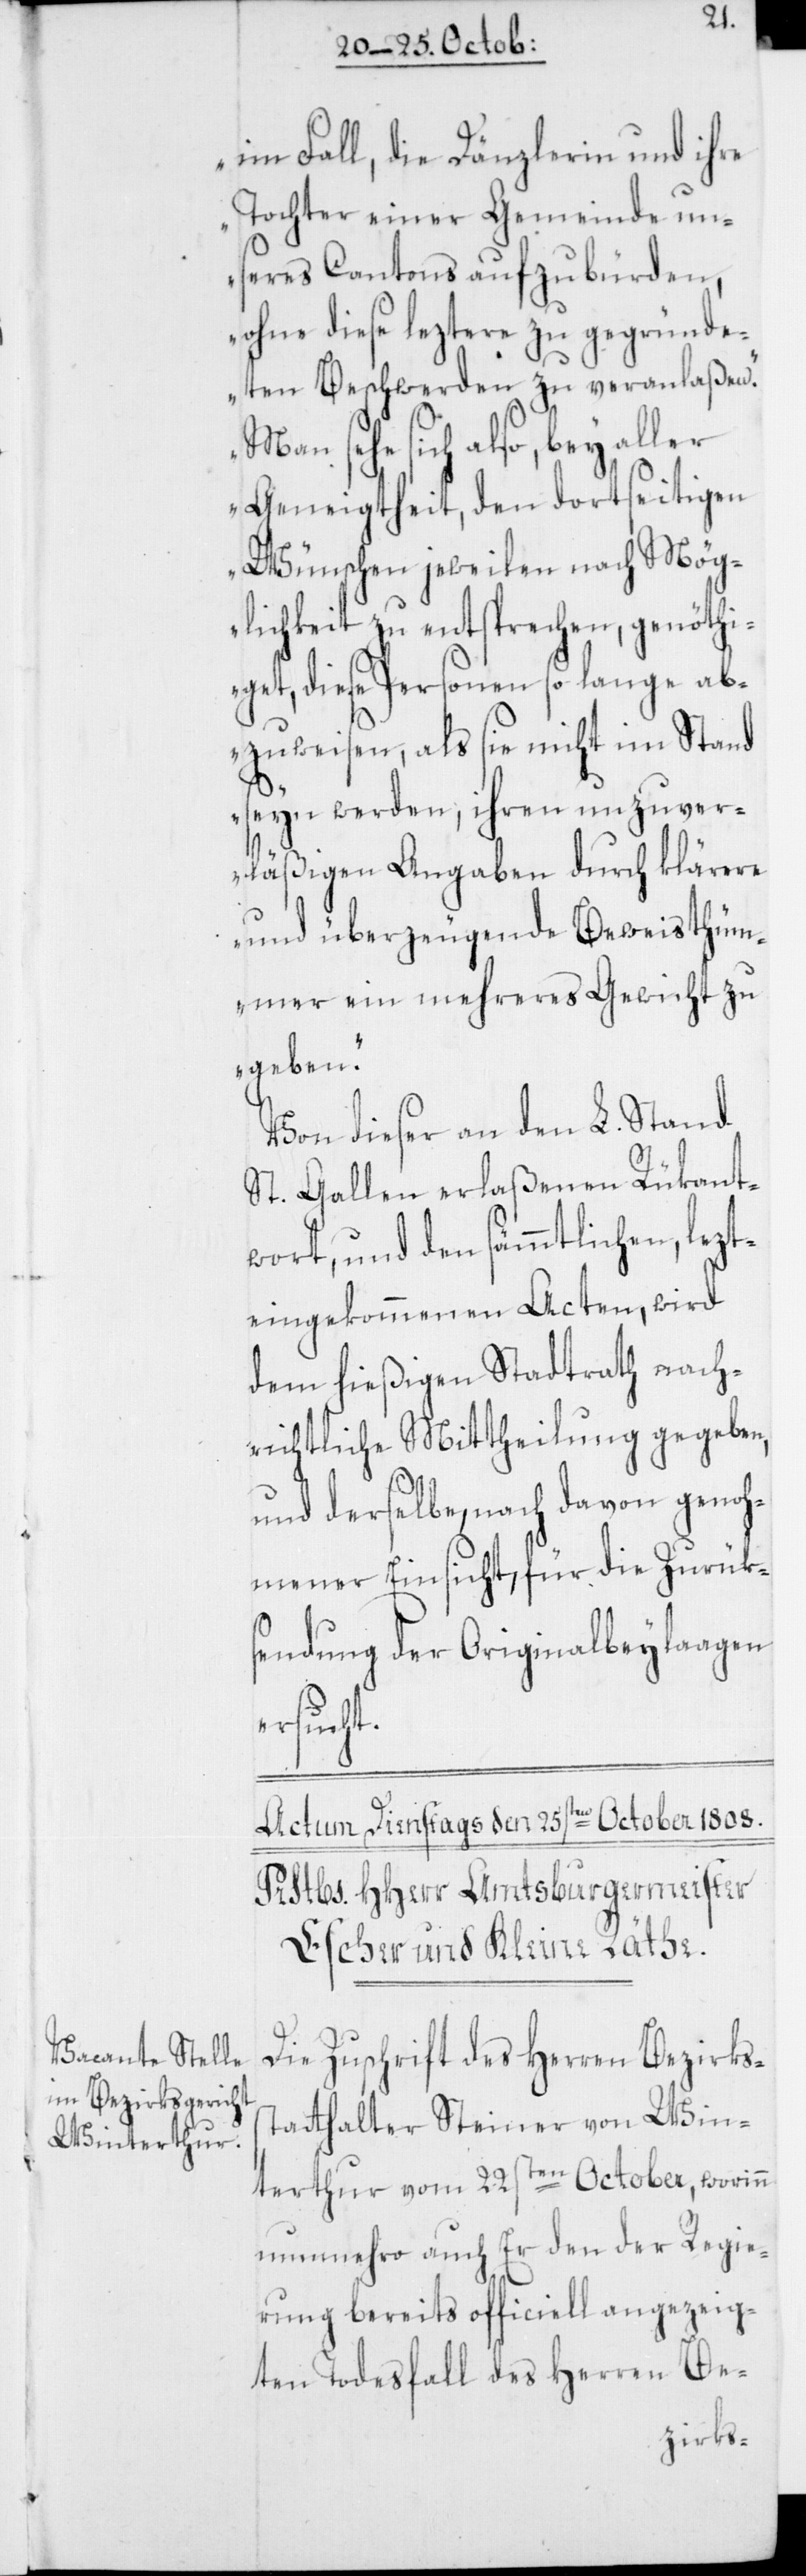
im Fall, die Dänzlerin und ihre
Tochter einer Gemeinde un¬
seres Cantons aufzubürden,
ohne diese leztere zu gegründe¬
ten Beschwerden zu veranlaßen.
Man sehe sich also, bey aller
Geneigtheit, den dortseitigen
Wünschen jeweilen nach Mög¬
lichkeit zu entsprechen, genöthi¬
get, diese Personen so lange ab¬
zuweisen, als sie nicht im Stand
seyn werden, ihren unzuver¬
läßigen Angaben durch klärere
und überzeugende Beweisthüm¬
mer ein mehreres Gewicht zu
geben.“
Von dieser an den L. Stand
St. Gallen erlaßenen Rükant¬
wort, und den sämmtlichen lezt¬
eingekommenen Acten, wird
dem hießigen Stadtrath nach¬
richtliche Mittheilung gegeben,
und derselbe, nach davon genoh¬
mener Einsicht, für die Zurük¬
sendung der Originalbeylaagen
ersucht.
Die Zuschrift des Herren Bezirks¬
statthalter Steiner von Win¬
terthur vom 22sten October, worinn
nunmehro auch Er den der Regie¬
rung bereits officiell angezeig¬
ten Todesfall des Herren Be-